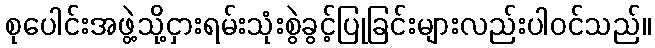
စုပေါင်းအဖွဲ့သို့ငှားရမ်းသုံးစွဲခွင့်ပြုခြင်းများလည်းပါဝင်သည်။